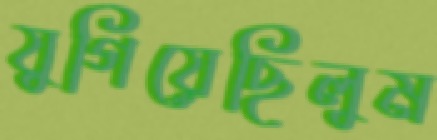
যুগিয়েছিলুম